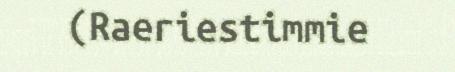
(Raeriestimmie